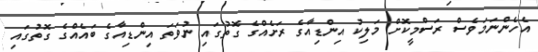
އެހެންނަމަވެސް ރަސްމީކޮށް މަލިކު އިންޑިއާގެ ރަށެއްގެ ގޮތުގައި ނުވަތަ އިންޑިއާގެ ބައެއްގެ ގޮތުގައި